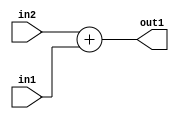
`timescale 1ps / 1ps
/*****************************************************************************
    Verilog RTL Description
    
    
    Created by: Stratus DpOpt 21.05.01 
*******************************************************************************/

module SobelFilter_Add_25Sx10U_25S_1 (
	in2,
	in1,
	out1
	); /* architecture "behavioural" */ 
input [24:0] in2;
input [9:0] in1;
output [24:0] out1;
wire [24:0] asc001;

assign asc001 = 
	+(in2)
	+(in1);

assign out1 = asc001;
endmodule

/* CADENCE  urn1Swg= : u9/ySxbfrwZIxEzHVQQV8Q== ** DO NOT EDIT THIS LINE ******/